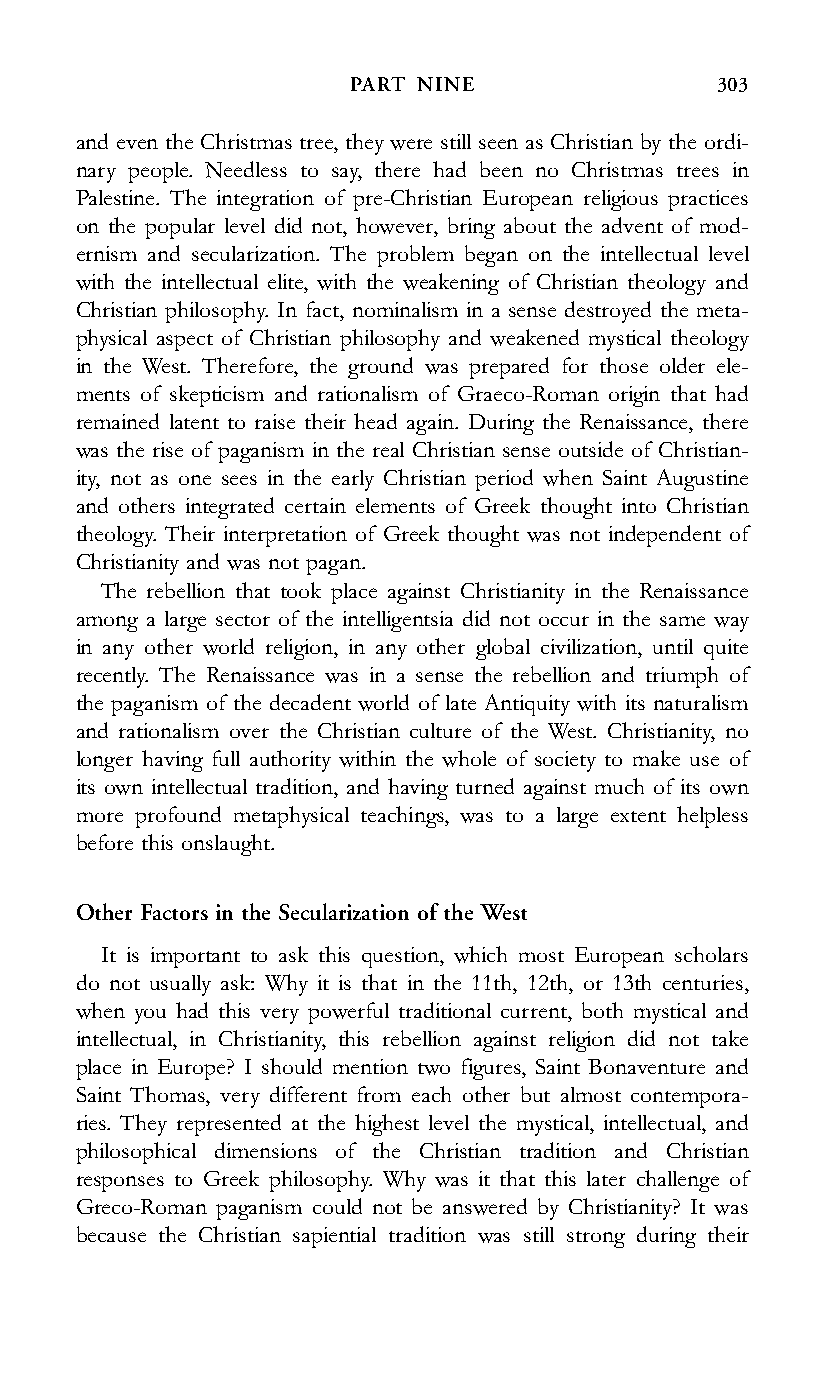
PART NINE               303
 and even the Christmas tree, they were still seen as Christian by the ordi-
 nary people. Needless to say, there had been no Christmas trees in
 Palestine. The integration of pre-Christian European religious practices
 on the popular level did not, however, bring about the advent of mod-
 ernism and secularization. The problem began on the intellectual level
 with the intellectual elite, with the weakening of Christian theology and
 Christian philosophy. In fact, nominalism in a sense destroyed the meta-
 physical aspect of Christian philosophy and weakened mystical theology
 in the West. Therefore, the ground was prepared for those older ele-
 ments of skepticism and rationalism of Graeco-Roman origin that had
 remained latent to raise their head again. During the Renaissance, there
 was the rise of paganism in the real Christian sense outside of Christian-
 ity, not as one sees in the early Christian period when Saint Augustine
 and others integrated certain elements of Greek thought into Christian
 theology. Their interpretation of Greek thought was not independent of
 Christianity and was not pagan.
 The rebellion that took place against Christianity in the Renaissance
 among a large sector of the intelligentsia did not occur in the same way
 in any other world religion, in any other global civilization, until quite
 recently. The Renaissance was in a sense the rebellion and triumph of
 the paganism of the decadent world of late Antiquity with its naturalism
 and rationalism over the Christian culture of the West. Christianity, no
 longer having full authority within the whole of society to make use of
 its own intellectual tradition, and having turned against much of its own
 more profound metaphysical teachings, was to a large extent helpless
 before this onslaught.
 Other Factors in the Secularization of the West
 It is important to ask this question, which most European scholars
 do not usually ask: Why it is that in the 11th, 12th, or 13th centuries,
 when you had this very powerful traditional current, both mystical and
 intellectual, in Christianity, this rebellion against religion did not take
 place in Europe? I should mention two figures, Saint Bonaventure and
 Saint Thomas, very different from each other but almost contempora-
 ries. They represented at the highest level the mystical, intellectual, and
 philosophical dimensions of the Christian tradition and Christian
 responses to Greek philosophy. Why was it that this later challenge of
 Greco-Roman paganism could not be answered by Christianity? It was
 because the Christian sapiential tradition was still strong during their